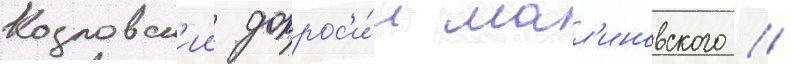
Козловск'ии допрос'и́л мал'иновского //